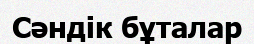
Сәндік бұталар